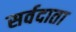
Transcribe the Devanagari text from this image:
सर्वदाता